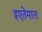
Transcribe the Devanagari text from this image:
इएतेमाल